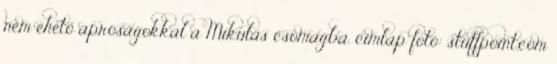
nem ehető apróságokkal a Mikulás csomagba. címlap fotó: stuffpoint.com